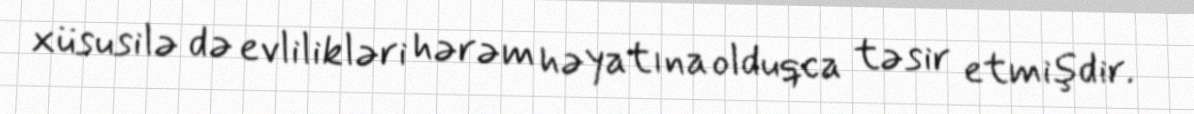
xüsusilə də evlilikləri hərəm həyatına olduqca təsir etmişdir.